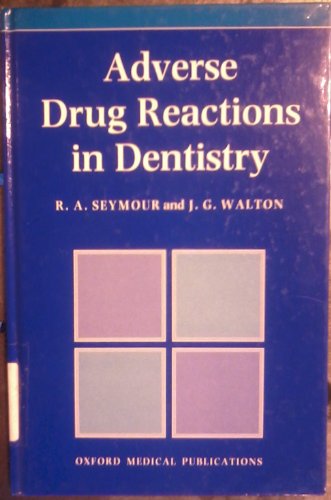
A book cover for Adverse Drug Reactions in Dentistry (Oxford Medical Publications); R. A. Seymour; Medical Books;